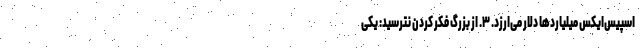
اسپیس‌ایکس میلیاردها دلار می‌ارزد. ۳. از بزرگ فکر کردن نترسید: یکی